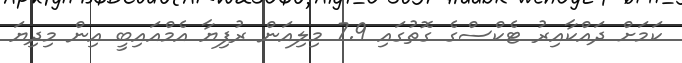
ކަމަށް ދައްކާއިރު ޓެކްސްގެ ގޮތުގައި 7.9 މިލިއަން ރުފިޔާ އެމްއައިބީ އިން މިދިޔަ